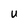
Character: U